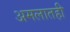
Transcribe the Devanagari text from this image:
अमलातही